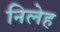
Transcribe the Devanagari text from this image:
निलेह